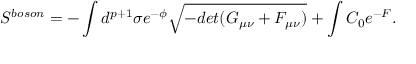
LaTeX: S ^ { b o s o n } = - \int d ^ { p + 1 } \sigma e ^ { - \phi } \sqrt { - d e t ( G _ { \mu \nu } + F _ { \mu \nu } ) } + \int C _ { 0 } e ^ { - F } .